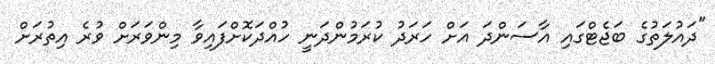
"ދައުލަތުގެ ބަޖެޓްގައި އާސަންދަ އަށް ހަރަދު ކުރަމުންދަނީ ހުއްދަކޮށްފައިވާ މިންވަރަށް ވުރެ އިތުރަށް